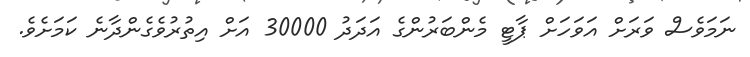
ނަމަވެސް ވަރަށް އަވަހަށް ޕާޓީ މެންބަރުންގެ އަދަދު 30000 އަށް އިތުރުވެގެންދާނެ ކަމަށެވެ.